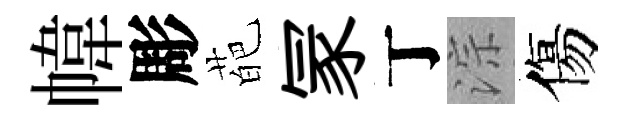
幃彫葩冡丁淙傷